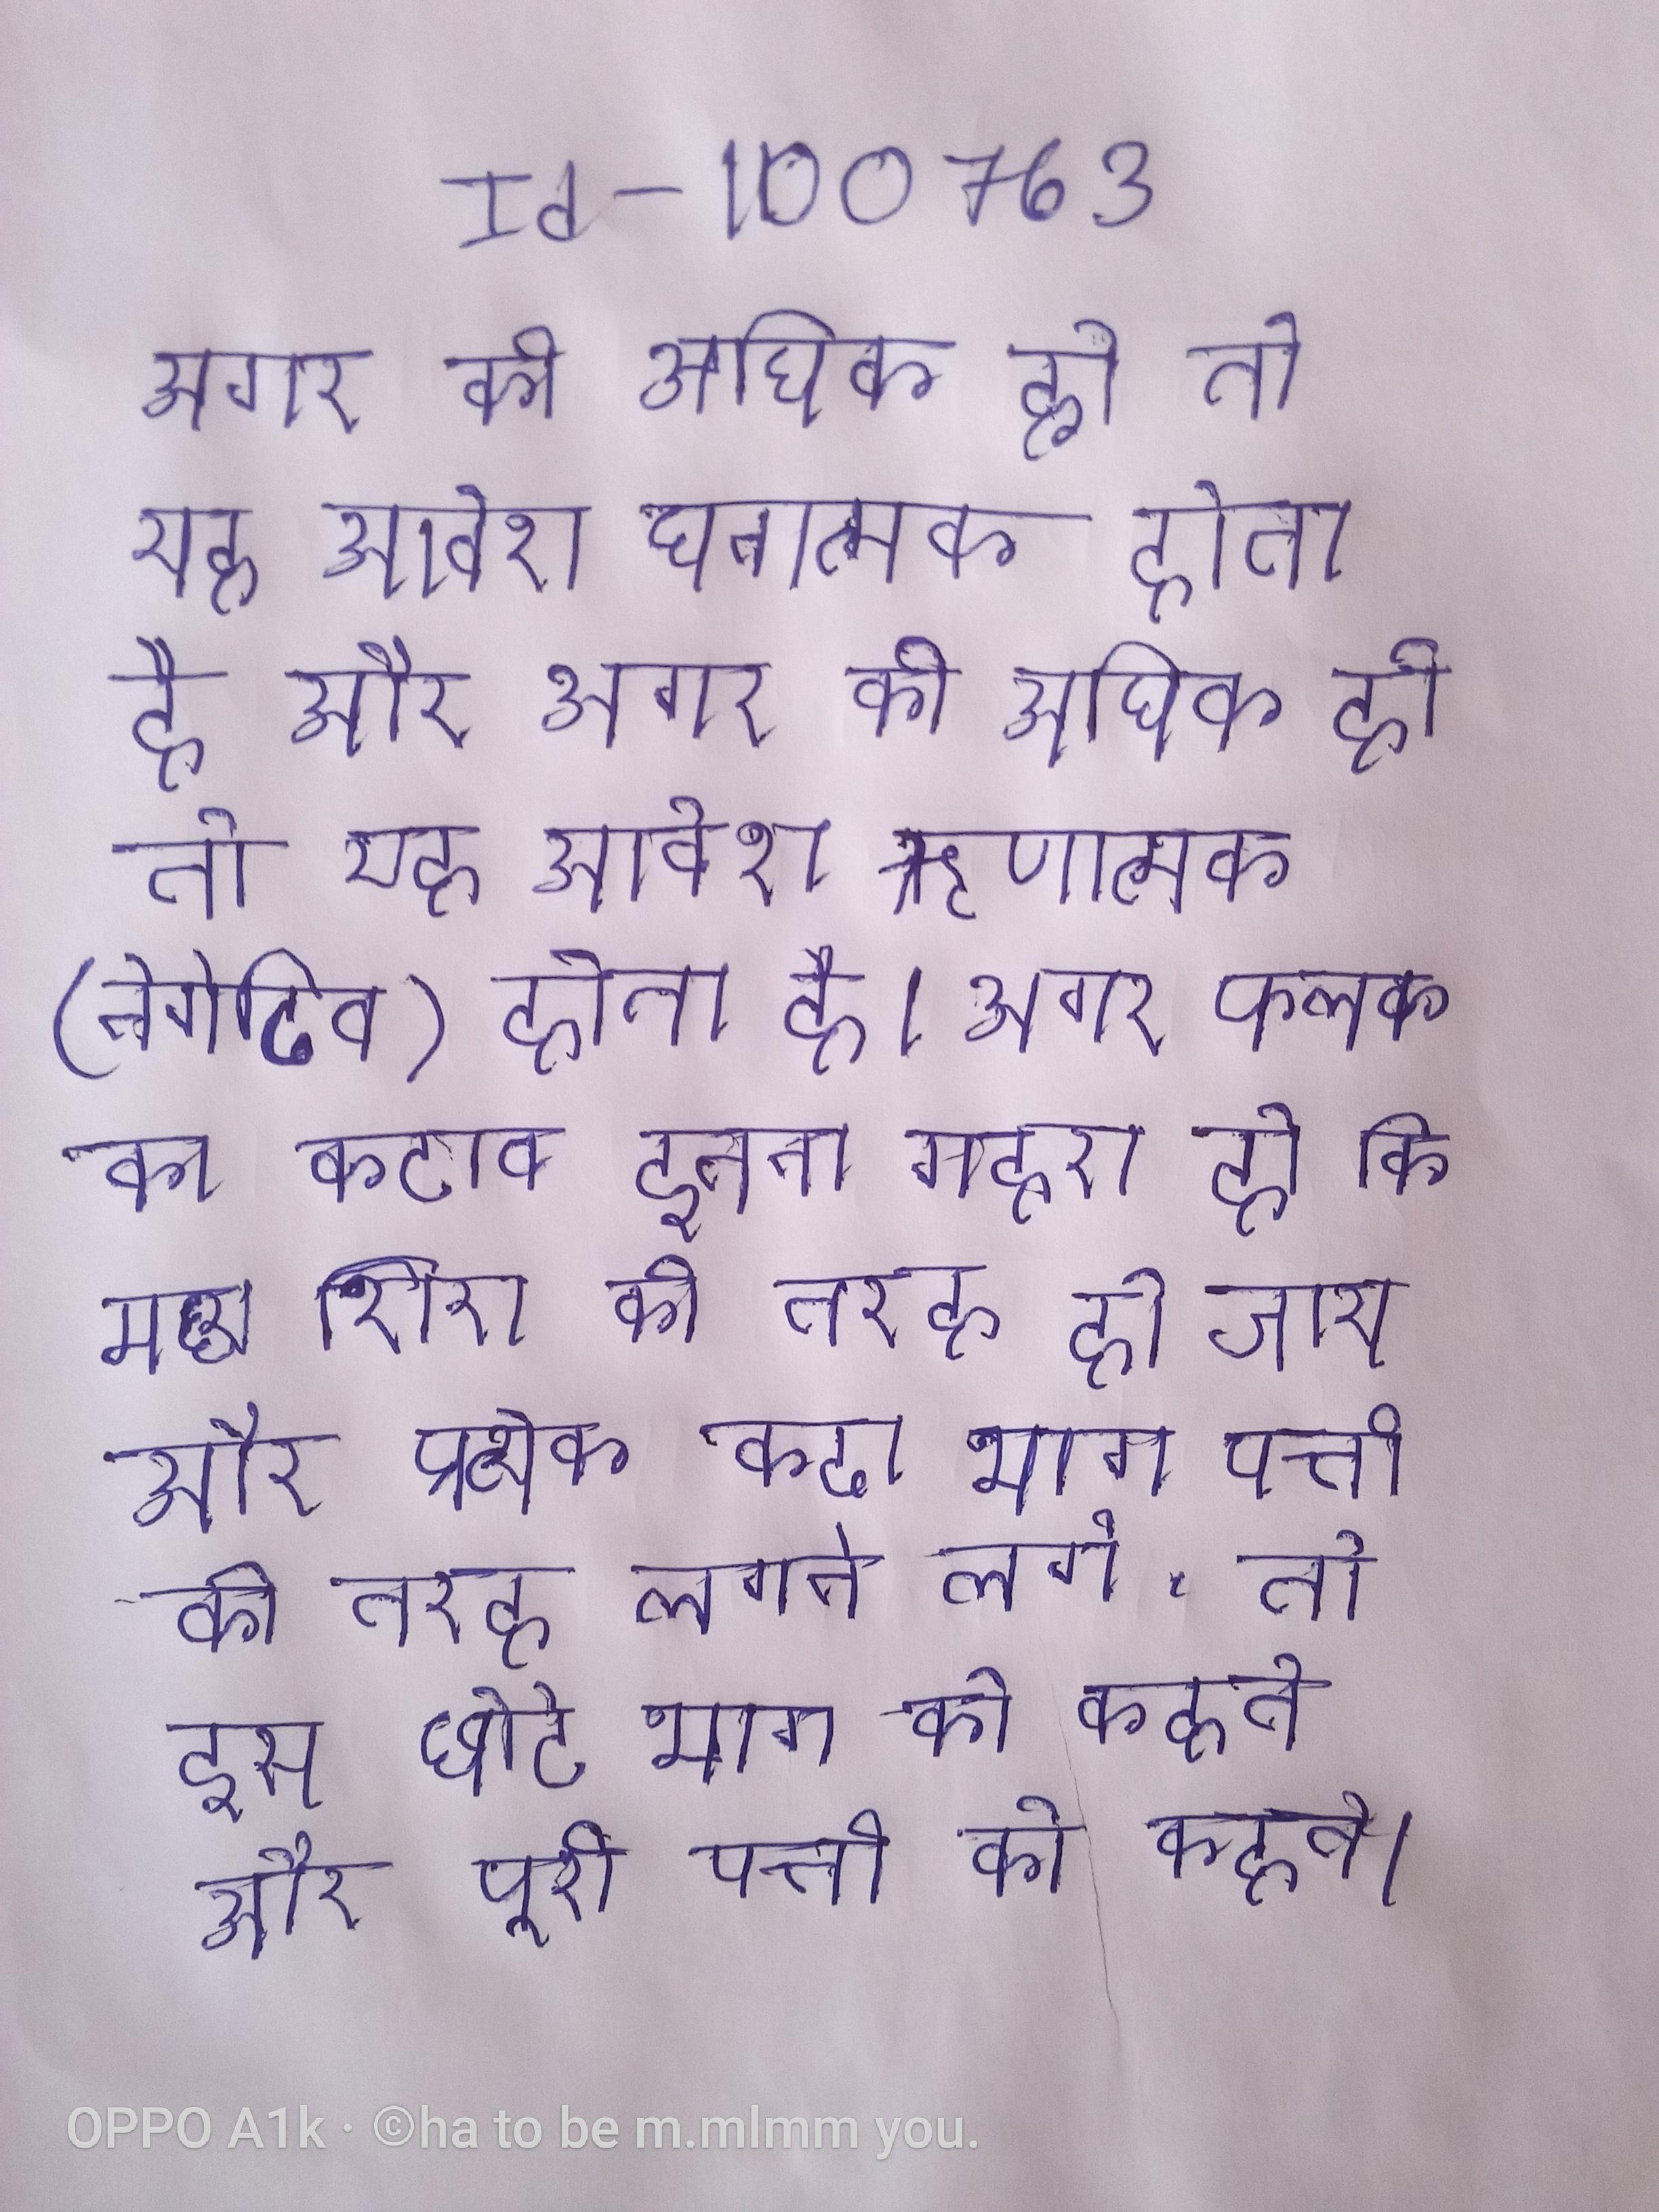
अगर की अधिक हो तो यह आवेश धनात्मक होता है और अगर की अधिक हो तो यह आवेश ऋणात्मक (नेगेटिव) होता है । अगर फलक का कटाव इतना गहरा हो कि मध्य शिरा की तरह हो जाय और प्रत्येक कटा भाग पत्ती की तरह लगने लगे, तो इस छोटे भाग को कहते और पूरी पत्ती को कहते ।